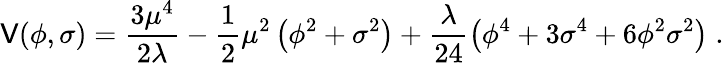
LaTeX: \mathsf{V}(\phi,\sigma)=\frac{{3\mu^{4}}}{{2\lambda}}-\frac{1}{2}\mu^{2}\left(\phi^{2}+\sigma^{2}\right)+\frac{{\lambda}}{{24}}\left(\phi^{4}+3\sigma^{4}+6\phi^{2}\sigma^{2}\right)\; .